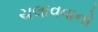
ચલાવવાનો